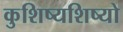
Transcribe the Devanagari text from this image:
कुशिष्यशिष्यो